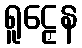
ရူဠှေန